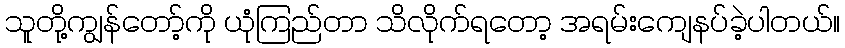
သူတို့ကျွန်တော့်ကို ယုံကြည်တာ သိလိုက်ရတော့ အရမ်းကျေနပ်ခဲ့ပါတယ်။